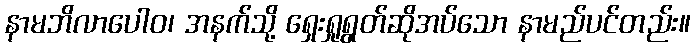
နာမဘိလာပေါဝ၊ အနက်သို့ ရှေးရှုရွတ်ဆိုအပ်သော နာမည်ပင်တည်း။